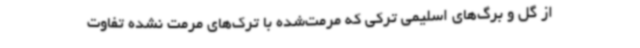
از گل و برگ‌های اسلیمی ترکی که مرمت‌شده با ترک‌های مرمت نشده تفاوت